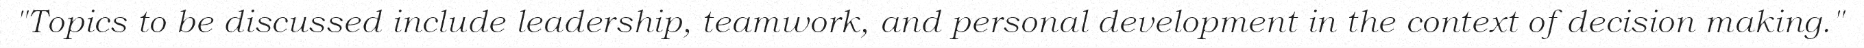
"Topics to be discussed include leadership, teamwork, and personal development in the context of decision making."